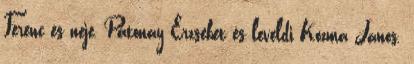
Ferenc és neje, Patonay Erzsébet és leveldi Kozma János.